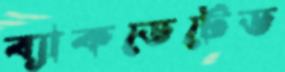
ব্যাকডেটেড